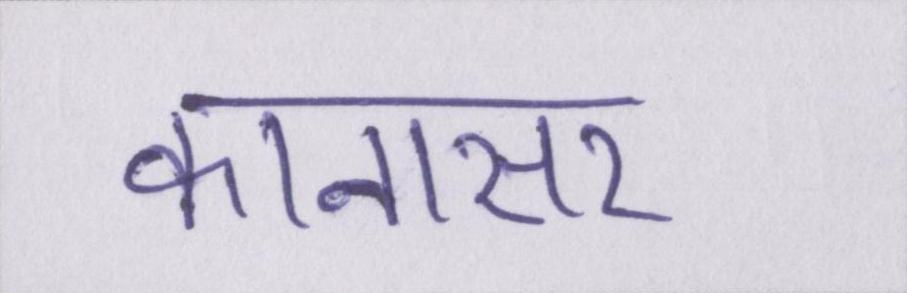
कानासर